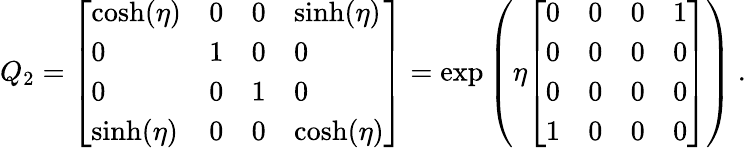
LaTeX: Q_{2}={\left[\begin{array}{llll}{\cosh(\eta)}&{0}&{0}&{\sinh(\eta)}\\ {0}&{1}&{0}&{0}\\ {0}&{0}&{1}&{0}\\ {\sinh(\eta)}&{0}&{0}&{\cosh(\eta)}\end{array}\right]}=\exp\left(\eta{\left[\begin{array}{llll}{0}&{0}&{0}&{1}\\ {0}&{0}&{0}&{0}\\ {0}&{0}&{0}&{0}\\ {1}&{0}&{0}&{0}\end{array}\right]}\right)~.